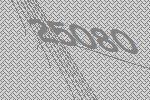
25080